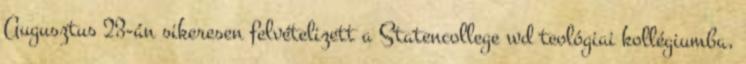
Augusztus 23-án sikeresen felvételizett a Statencollege wd teológiai kollégiumba,